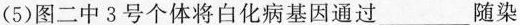
(5)图二中3号个体将白化病基因通过____随染